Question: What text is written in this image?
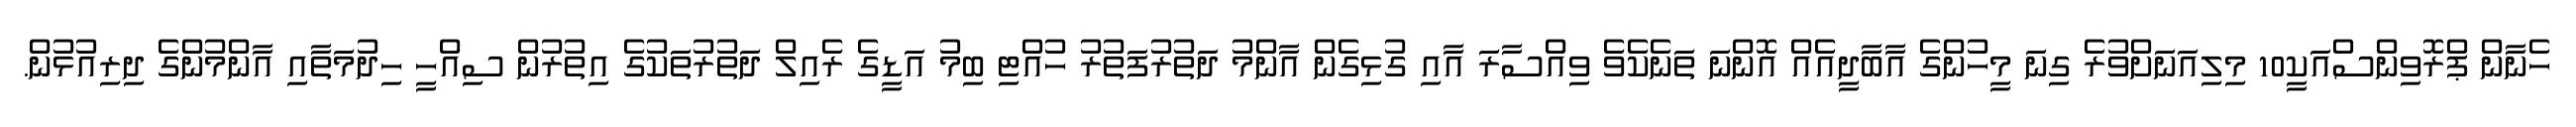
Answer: ހެނާން ޕްރޮވިންސްއަކީ10 މިލިއަނަށްވުރެ ގިނަ މީހުންގެ އާބާދީއެއް އޮންނަ ތަނެކެވެ ވިއްސާރަ އާއި ގުޅިގެން އާންމު ދަތުރުފަތުރު ހުއްޓި ބިމު އަޑީގެ ރެއިލް ދަތުރުތަކުގެ އިތުރުން ސިއްހީ ހިދުމަތާއި އާންމުންގެ ދިރިއުޅުން.